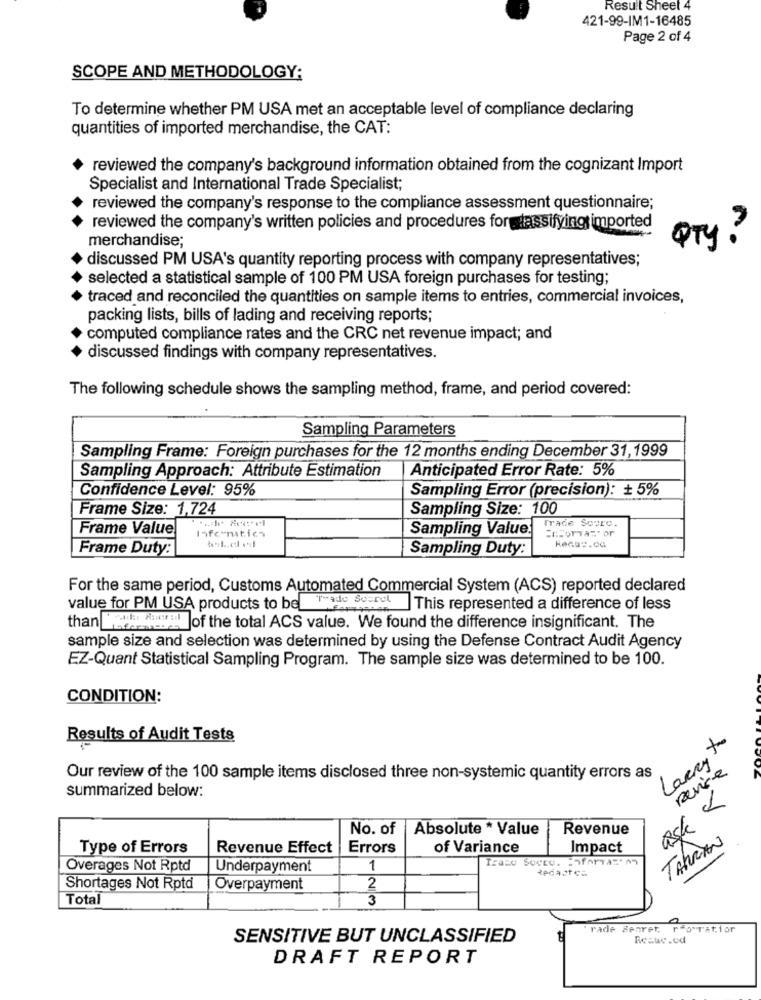
Result Sheet 4
421-99-IM1-16485
Page 2 of 4
SCOPE AND METHODOLOGY;
To determine whether PM USA met an acceptable level of compliance declaring
quantities of imported merchandise, the CAT:
reviewed the company's background information obtained from the cognizant Import
Specialist and International Trade Specialist;
reviewed the company's response to the compliance assessment questionnaire;
reviewed the company's written policies and procedures for dassifying imported
merchandise;
QTy ?
discussed PM USA's quantity reporting process with company representatives;
selected a statistical sample of 100 PM USA foreign purchases for testing;
traced and reconciled the quantities on sample items to entries, commercial invoices,
packing lists, bills of lading and receiving reports;
computed compliance rates and the CRC net revenue impact; and
discussed findings with company representatives.
The following schedule shows the sampling method, frame, and period covered:
Sampling Parameters
Sampling Frame: Foreign purchases for the 12 months ending December 31,1999
Sampling Approach: Attribute Estimation
Anticipated Error Rate: 5%
Confidence Level: 95%
Sampling Error (precision): + 5%
Frame Size: 1,724
Sampling Size: 100
Trade Scuro.
Frame Value
Informatica
Sampling Value:
Frame Duty:
Sampling Duty:
For the same period, Customs Automated Commercial System (ACS) reported declared
value for PM USA products to be Trade 36-199
This represented a difference of less
than !!! !!! Jof the total ACS value. We found the difference insignificant. The
sample size and selection was determined by using the Defense Contract Audit Agency
EZ-Quant Statistical Sampling Program. The sample size was determined to be 100.
CONDITION:
Results of Audit Tests
Larry to
Rense
Our review of the 100 sample items disclosed three non-systemic quantity errors as
summarized below:
ask &
No. of
Absolute * Value
Revenue
TAHRAN
Type of Errors
Revenue Effect
Errors
of Variance
Impact
Overages Not Rptd
Underpayment
1
Shortages Not Rptd
Overpayment
2
Total
3
0
rade Secret. rfo Tatior
SENSITIVE BUT UNCLASSIFIED
DRAFT REPORT